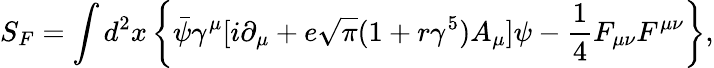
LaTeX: S_{F}=\int d^{2}x\left\{ \bar{\psi}{\gamma}^{\mu}[i{\partial}_{\mu}+e\sqrt{\pi}(1+r{\gamma}^{5})A_{\mu}]{\psi}-{\frac 14}F_{{\mu}{\nu}}F^{{\mu}{\nu}}\right\} ,